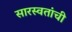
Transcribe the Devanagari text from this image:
सारस्वतांची